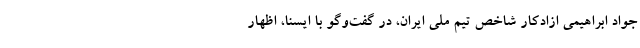
جواد ابراهیمی ازادکار شاخص تیم ملی ایران، در گفت‌وگو با ایسنا، اظهار